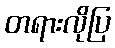
တရားလိုပြ